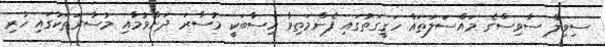
ސިވިލް ސާވިސްގެ މައްސަލަތައް ހަގީގަތުގައި ފެންމަތިވާ ހިސާބަކީ މުސާރަ ދަށްވުމާއި މުސާރަތަކުގައި ހުރި